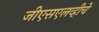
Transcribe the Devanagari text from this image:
जीएसएलव्हीचे